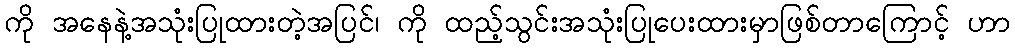
ကို အနေနဲ့အသုံးပြုထားတဲ့အပြင်၊ ကို ထည့်သွင်းအသုံးပြုပေးထားမှာဖြစ်တာကြောင့် ဟာ